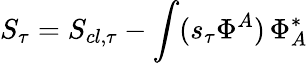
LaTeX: S_{\tau}=S_{cl,\tau}-\int(s_{\tau}\Phi^{A})\, \Phi_{A}^{*}